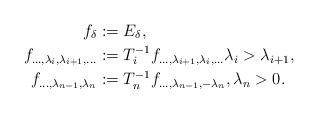
LaTeX: \begin{align*}f_\delta &:= E_\delta, \\f_{\ldots,\lambda_i,\lambda_{i+1},\ldots} &:= T_i^{-1} f_{\ldots,\lambda_{i+1},\lambda_{i},\ldots} \lambda_i > \lambda_{i+1}, \\f_{\ldots,\lambda_{n-1},\lambda_n} &:= T_n^{-1} f_{\ldots,\lambda_{n-1},-\lambda_{n}}, \lambda_n > 0.\end{align*}